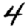
Digit: 4